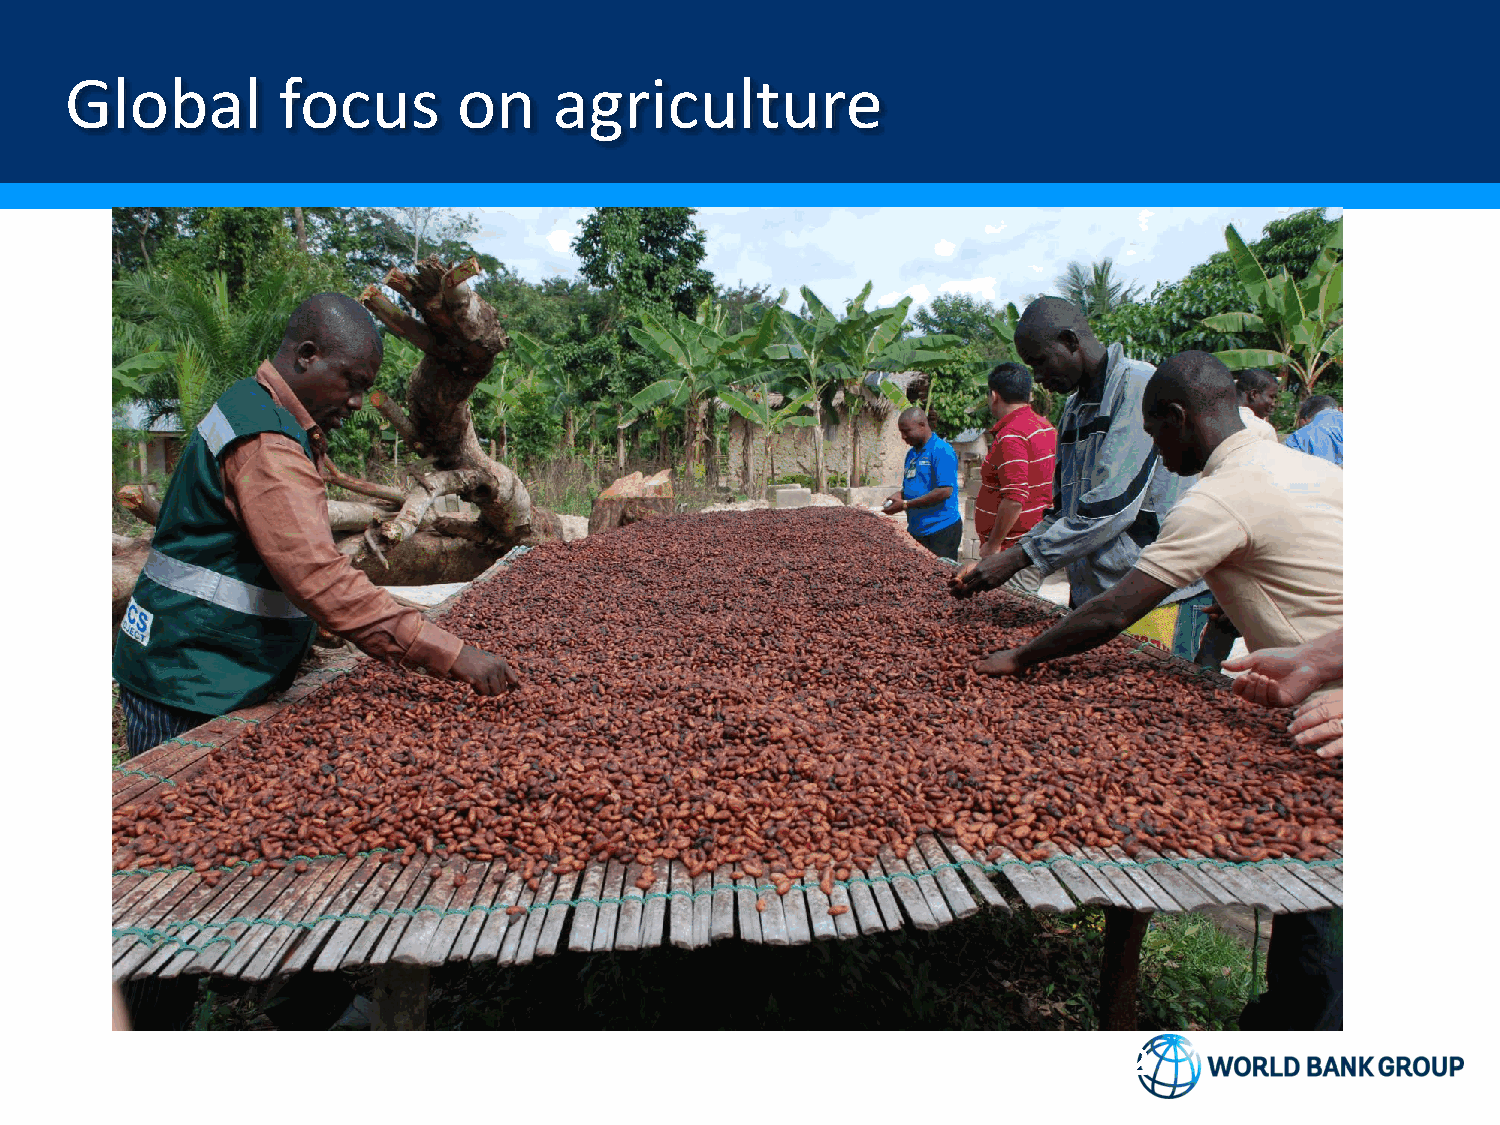
Global        focus       on     agriculture
 2